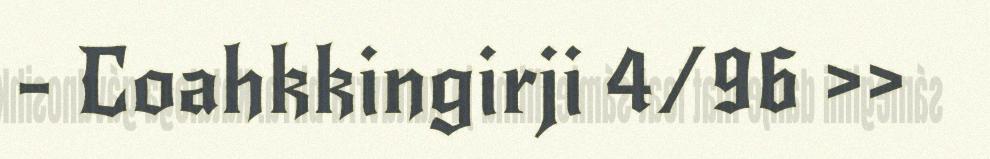
- Coahkkingirji 4/96 >>